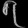
Digit: ၇